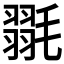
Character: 𭯥